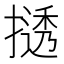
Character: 𫽾